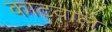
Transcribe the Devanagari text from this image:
काटवाले